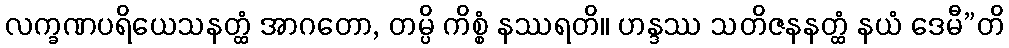
လက္ခဏပရိယေသနတ္ထံ အာဂတော, တမ္ပိ ကိစ္စံ နဿရတိ။ ဟန္ဒဿ သတိဇနနတ္ထံ နယံ ဒေမီ”တိ